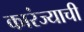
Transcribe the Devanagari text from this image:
कारंज्याची